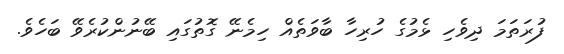
ފުރަތަމަ ދިވެހި ޅެމުގެ ހުރިހާ ބާވަތެއް ހިމެނޭ ގޮތުގައި ބޭނުންކުރެވޭ ބަހެވެ.